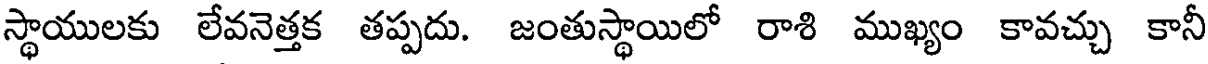
స్థాయులకు లేవనెత్తక తప్పదు. జంతుస్థాయిలో రాశి ముఖ్యం కావచ్చు కానీ